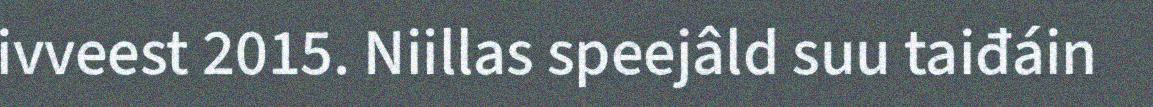
ivveest 2015. Niillas speejâld suu taiđáin